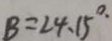
B = 2 4 . 1 5 ^ { \circ . }